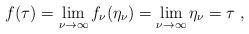
LaTeX: \begin{align*}f(\tau)=\lim_{\nu\to\infty}f_\nu(\eta_\nu)=\lim_{\nu\to\infty}\eta_\nu=\tau\;,\end{align*}